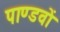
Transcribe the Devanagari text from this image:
पाण्डवाें